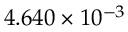
4 . 6 4 0 \times 1 0 ^ { - 3 }